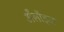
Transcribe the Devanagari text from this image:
अँलॉइज